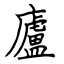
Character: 廬